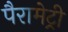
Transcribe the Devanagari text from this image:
पैरामेट्री